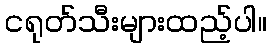
ငရုတ်သီးများထည့်ပါ။